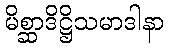
မိစ္ဆာဒိဋ္ဌိသမာဒါနာ